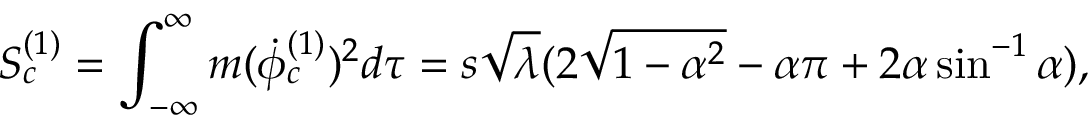
S _ { c } ^ { ( 1 ) } = \int _ { - \infty } ^ { \infty } m ( { \dot { \phi } } _ { c } ^ { ( 1 ) } ) ^ { 2 } d \tau = s \sqrt \lambda ( 2 \sqrt { 1 - \alpha ^ { 2 } } - \alpha \pi + 2 \alpha \sin ^ { - 1 } \alpha ) ,